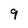
Character: 9